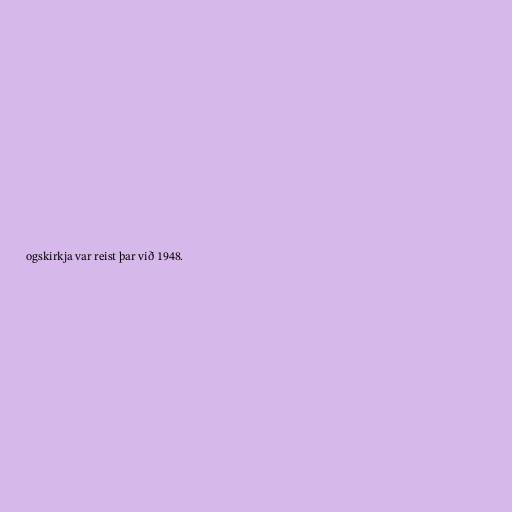
ogskirkja var reist þar við 1948.